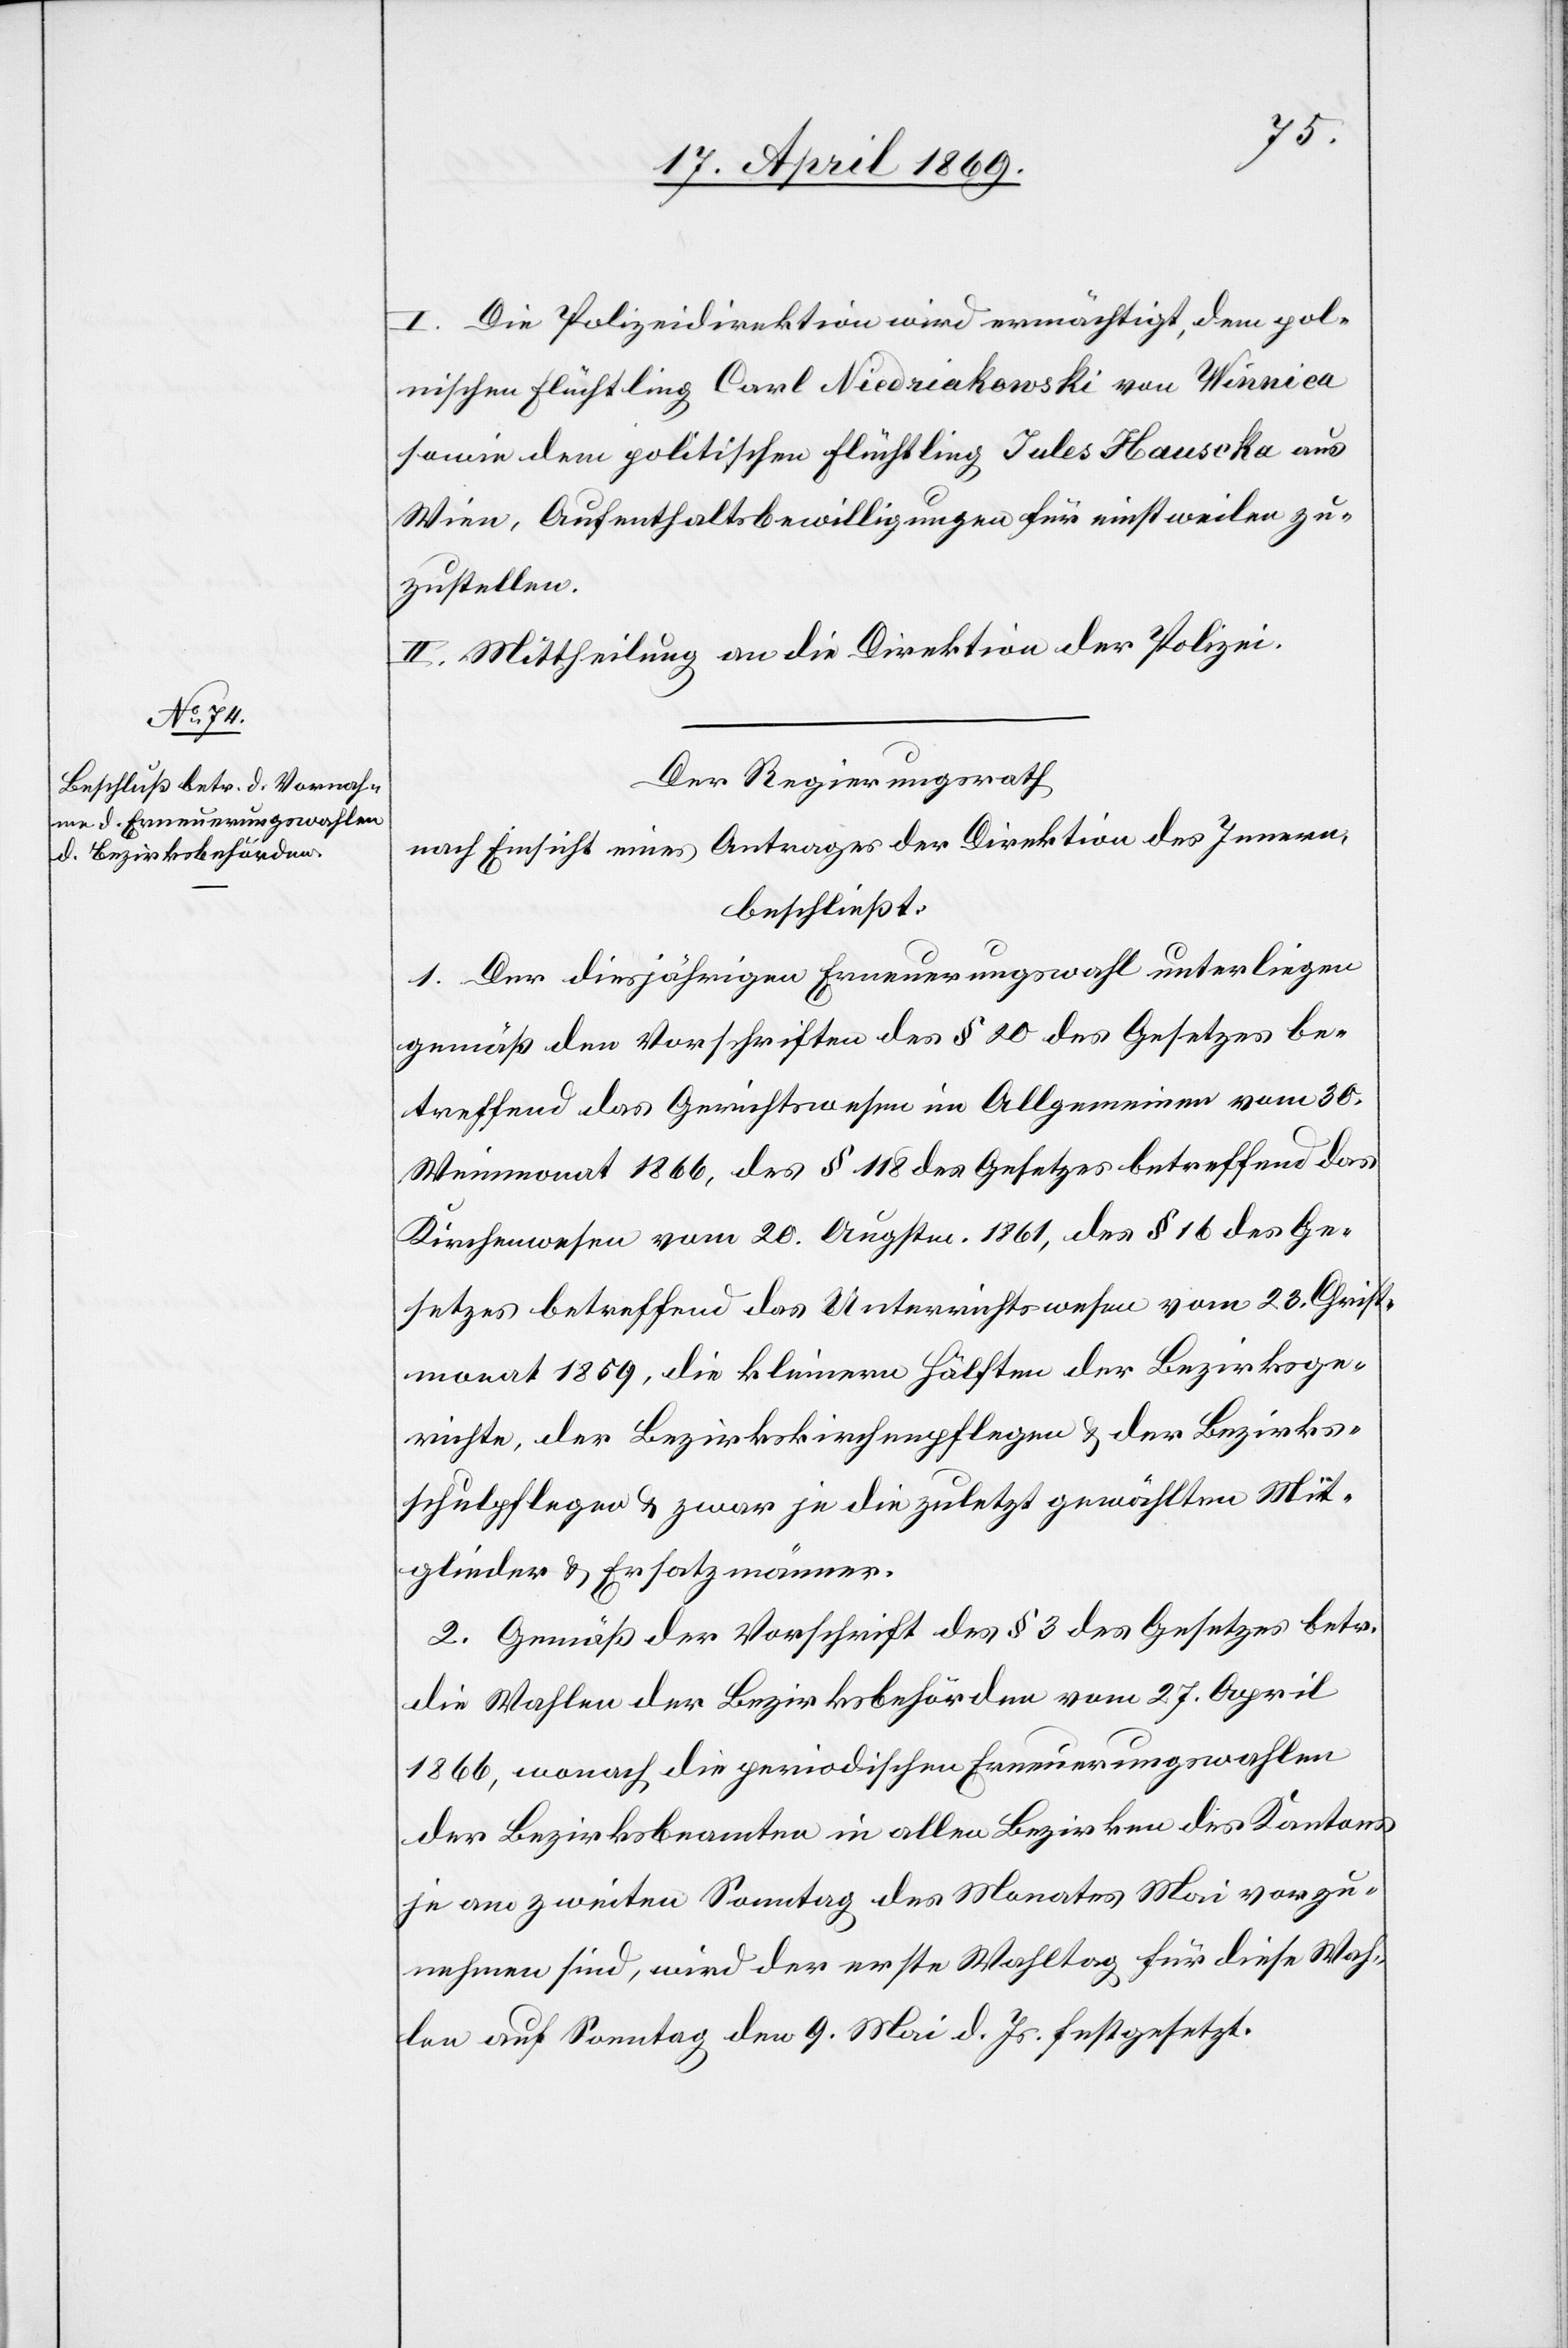
ischen
I. Die Polizeidirektion wird ermächtigt, dem poln¬
sowie dem politischen Flüchtling Jules Hauseka aus
Wien, Aufenthaltsbewilligungen für einstweilen zu¬
zustellen.
II. Mittheilung an die Direktion der Polizei.
Der Regierungsrath,
nach Einsicht eines Antrages der Direktion des Innern,
beschließt:
1. Der diesjährigen Erneuerungswahl unterliegen
gemäß den Vorschriften des § 20 des Gesetzes be¬
treffend das Gerichtswesen im Allgemeinen vom 30.
Weinmonat 1866, des § 118 des Gesetzes betreffend das
Kirchenwesen vom 20. Augstm. 1861, des § 16 des Ge¬
setzes betreffend das Unterrichtswesen vom 23. Christ¬
monat 1859, die kleinern Hälften der Bezirksge¬
richte, der Bezirkskirchenpflegen u. der Bezirks¬
schulpflegen u. zwar je die zuletzt gewählten Mit¬
glieder u. Ersatzmänner.
2. Gemäß der Vorschrift des § 3 des Gesetzes betr.
die Wahlen der Bezirksbehörden vom 27. April
1866, wonach die periodischen Erneuerungswahlen
der Bezirksbeamten in allen Bezirken des Kantons
je am zweiten Sonntag des Monats Mai vorzu¬
nehmen sind, wird der erste Wahltag für diese Wah¬
len auf Sonntag den 9. Mai d. Js. festgesetzt.